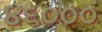
૪૬૦૦૦